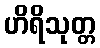
ဟိရိသုတ္တ